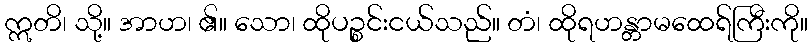
ဣတိ၊ သို့။ အာဟ၊ ၏။ သော၊ ထိုပဉ္စင်းငယ်သည်။ တံ၊ ထိုရဟန္တာမထေရ်ကြီးကို။